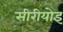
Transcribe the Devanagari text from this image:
सीरीयोइ